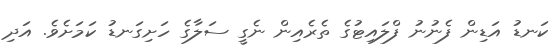
ކަނޑު އަޑިން ފެނުނު ފްލައިޓުގެ ތެރެއިން ނެގީ ސަލާގެ ހަށިގަނޑު ކަމަށެވެ. އަދި